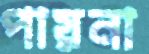
পায়না